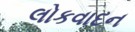
લોકવાદન